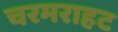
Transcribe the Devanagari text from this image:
चरमराहट